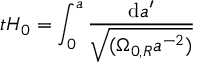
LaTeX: t H _ { 0 } = \int _ { 0 } ^ { a } { \frac { \mathrm { d } a ^ { \prime } } { \sqrt { ( \Omega _ { 0 , R } a ^ { - 2 } ) } } }